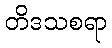
တိဒသစရာ